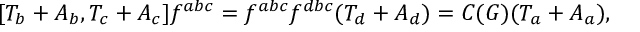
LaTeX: [ T _ { b } + A _ { b } , T _ { c } + A _ { c } ] f ^ { a b c } = f ^ { a b c } f ^ { d b c } ( T _ { d } + A _ { d } ) = C ( G ) ( T _ { a } + A _ { a } ) ,